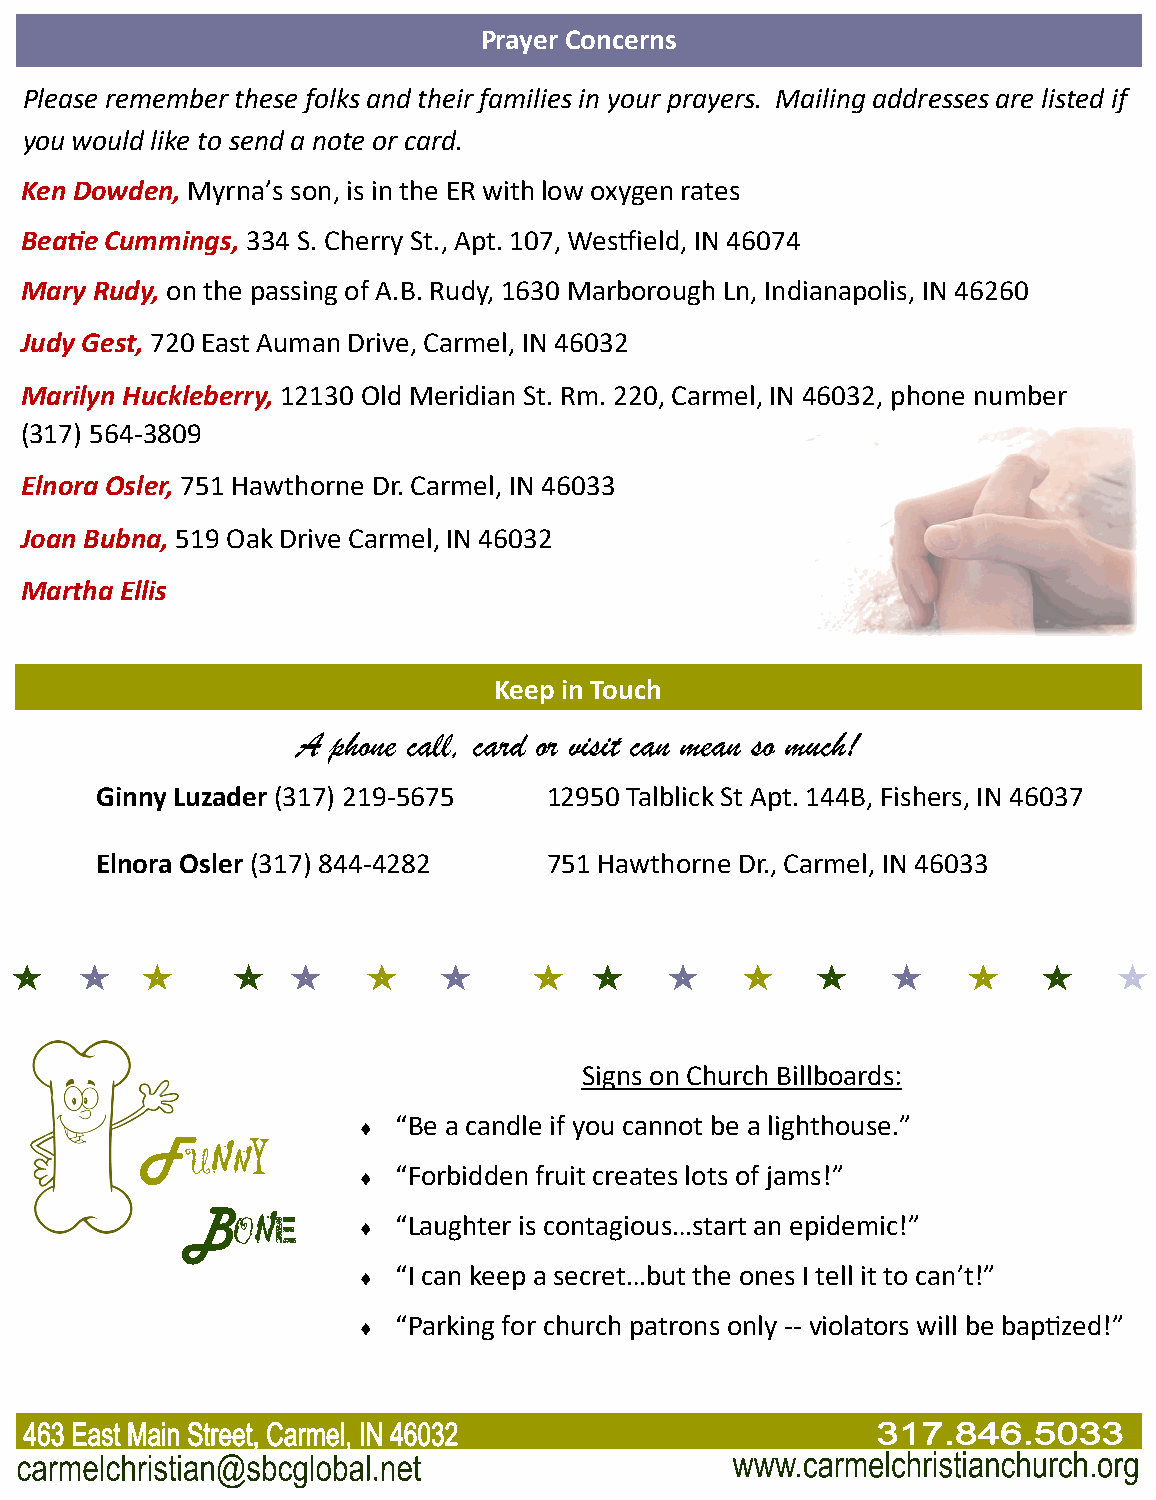
Prayer Concerns
 Please remember these folks and their families in your prayers. Mailing addresses are listed if
 you would like to send a note or card.
 Ken Dowden, Myrna’s son, is in the ER with low oxygen rates
 Beatie Cummings, 334 S. Cherry St., Apt. 107, Westfield, IN 46074
 Mary Rudy, on the passing of A.B. Rudy, 1630 Marborough Ln, Indianapolis, IN 46260
 Judy Gest, 720 East Auman Drive, Carmel, IN 46032
 Marilyn Huckleberry, 12130 Old Meridian St. Rm. 220, Carmel, IN 46032, phone number
 (317) 564-3809
 Elnora Osler, 751 Hawthorne Dr. Carmel, IN 46033
 Joan Bubna, 519 Oak Drive Carmel, IN 46032
 Martha Ellis
 Keep in Touch
 A phone call, card or visit can mean so much!
 Ginny Luzader (317) 219-5675  12950 Talblick St Apt. 144B, Fishers, IN 46037
 Elnora Osler (317) 844-4282   751 Hawthorne Dr., Carmel, IN 46033
 Signs on Church Billboards:
  “Be a candle if you cannot be a lighthouse.”
 F  UNNY
  “Forbidden fruit creates lots of jams!”
 B  ONE       “Laughter is contagious…start an epidemic!”
  “I can keep a secret…but the ones I tell it to can’t!”
  “Parking for church patrons only -- violators will be baptized!”